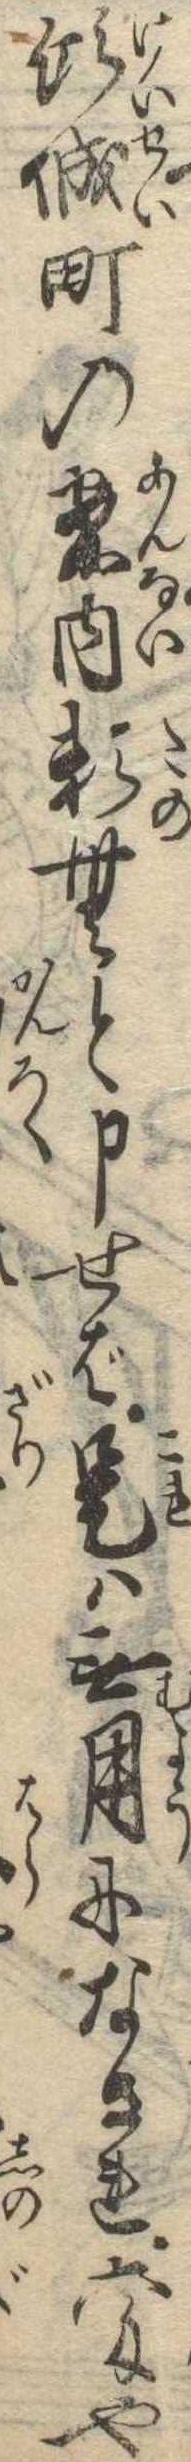
傾城町の案内頼むと申せば是は無用になされ六匁や